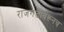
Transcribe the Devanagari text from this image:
राजगडावरूनच